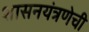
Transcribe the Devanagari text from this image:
शासनयंत्रणेची